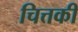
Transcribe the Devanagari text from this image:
चित्तकी